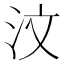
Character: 汶